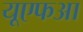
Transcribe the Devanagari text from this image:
यूएफआ